Annual report of the Bengal Veterinary College and of the Civil Veterinary Department, Bengal, for the year 1912-1913 - 1912-1913
Year: 1912
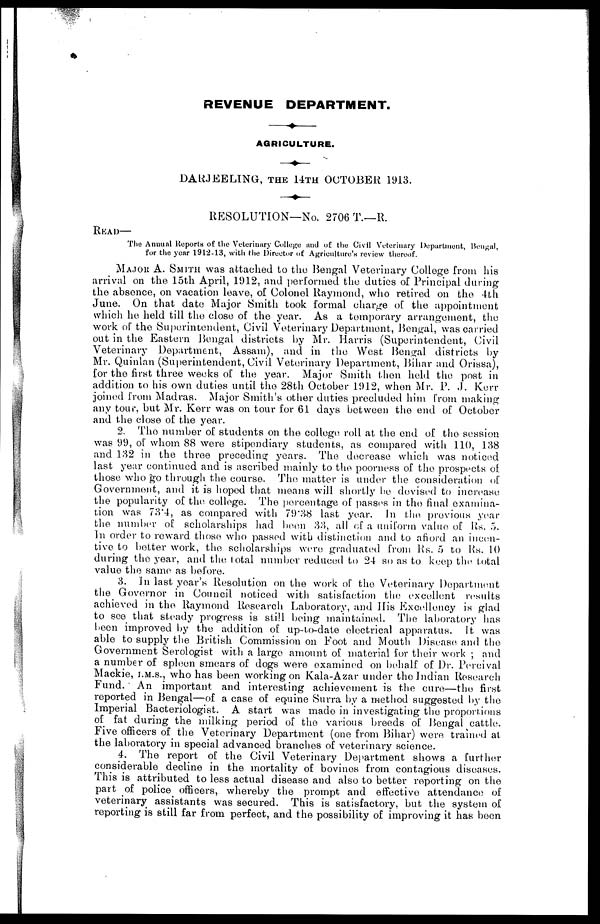
REVENUE DEPARTMENT.
AGRICULTURE.
DARJEELING, THE 14TH OCTOBER 1913.
RESOLUTION—No. 2706 T.—R.
READ—
The Animal Reports of the Veterinary College and of the Civil Veterinary Department, Bengal,
for the year 1912-13, with the Director of Agriculture's review thereof.
MAJOR A. SMITH was attached to the Bengal Veterinary College from his
arrival on the 15th April, 1912, and performed the duties of Principal during
the absence, on vacation leave, of Colonel Raymond, who retired on the 4th
June. On that date Major Smith took formal charge of the appointment
which he held till the close of the year. As a temporary arrangement, the
work of the Superintendent, Civil Veterinary Department, Bengal, was carried
out in the Eastern Bengal districts by Mr. Harris (Superintendent, Civil
Veterinary Department, Assam), and in the West Bengal districts by
Mr. Quinlan (Superintendent, Civil Veterinary Department, Bihar and Orissa),
for the first three weeks of the year. Major Smith then held the post in
addition to his own duties until the 28th October 1912, when Mr. P. J. Kerr
joined from Madras. Major Smith's other duties precluded him from making
any tour, but Mr. Kerr was on tour for 61 days between the end of October
and the close of the year.
2. The number of students on the college roll at the end of the session
was 99, of whom 88 were stipendiary students, as compared with 110, 138
and 132 in the three preceding years. The decrease which was noticed
last year continued and is ascribed mainly to the poorness of the prospects of
those who go through the course. The matter is under the consideration of
Government, and it is hoped that means will shortly he devised to increase
the popularity of the college. The percentage of passes in the final examina-
tion was 73.4, as compared with 79.38 last year. In the previous year
the number of scholarships had boon 33, all of a uniform value of Rs. 5.
In order to reward those who passed with distinction and to afford an incen-
tive to better work, the scholarships wore graduated from Rs. 5 to Rs. 10
during the year, and the total number reduced to 24 so as to keep the total
value the same as before.
3. In last year's Resolution on the work of the Veterinary Department
the Governor in Council noticed with satisfaction the excellent results
achieved in the Raymond Research Laboratory, and His Excellency is glad
to see that steady progress is still being maintained. The laboratory has
been improved by the addition of up-to-date electrical apparatus. It was
able to supply the British Commission on Foot and Mouth Disease and the
Government Serologist with a large amount of material for their work ; and
a number of spleen smears of dogs were examined on behalf of Dr. Percival
Mackie, I.M.S., who has been working on Kala-Azar under the Indian Research
Fund. An important and interesting achievement is the cure—the first
reported in Bengal—of a case of equine Surra by a method suggested by the
Imperial Bacteriologist. A start was made in investigating the proportions
of fat during the milking period of the various breeds of Bengal cattle.
Five officers of the Veterinary Department (one from Bihar) were trained at
the laboratory in special advanced branches of veterinary science.
4. The report of the Civil Veterinary Department shows a further
considerable decline in the mortality of bovines from contagious diseases.
This is attributed to less actual disease and also to better reporting on the
part of police officers, whereby the prompt and effective attendance of
veterinary assistants was secured. This is satisfactory, but the system of
reporting is still far from perfect, and the possibility of improving it has been